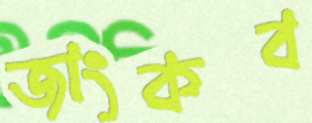
জাংকব